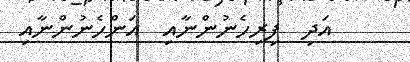
އަދި  ފިރިހެނުންނާއި  އަންހެނުންނާއި